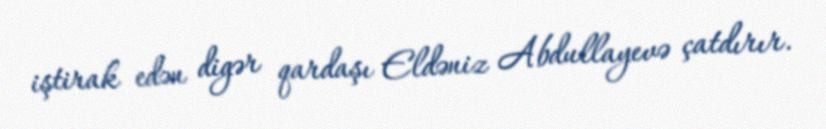
iştirak edən digər qardaşı Eldəniz Abdullayevə çatdırır.